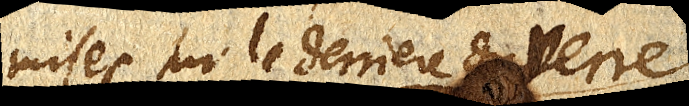
mises sur le derriere du verre